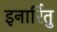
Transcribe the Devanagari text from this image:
इनार्रितु